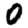
Digit: 0